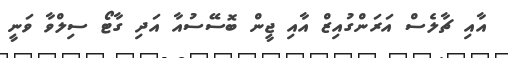
އާއި ޗާލެސް އަރަންގުއިޒް އާއި ޖީން ބޮސޭސުއާ އަދި ގާޓޯ ސިލްވާ ވަނީ